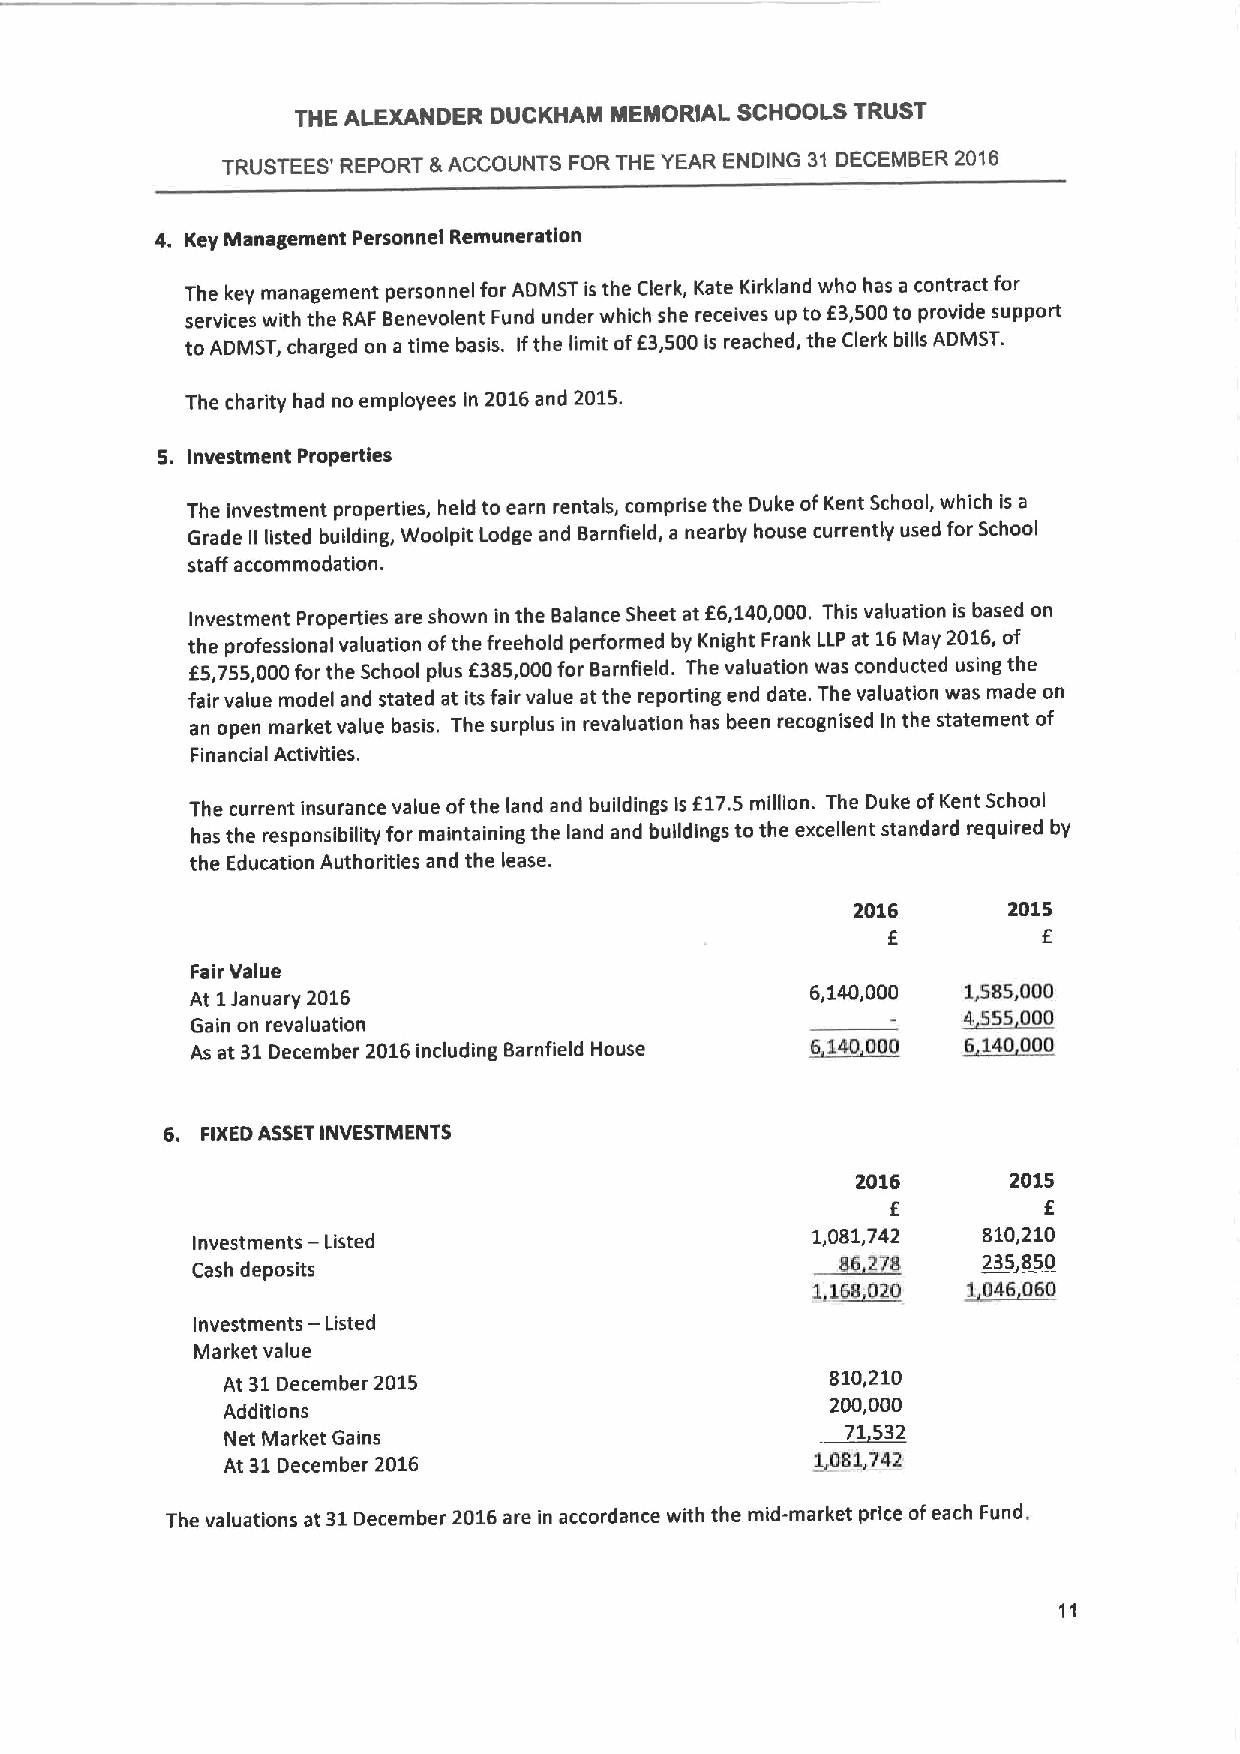
THE ALEXANDER DUCKHAM MEMORIAL SCHOOLS TRUST
 TRUSTEES' REPORT &ACCOUNTS FORTHE YEAR ENDING 31 DECEMBER 2016
 4. Key Management Personnel Remuneration
 The key management personnel for ADMST is the Clerk, Kate Kirkland who has a contract for
 services with the RAF Benevolent Fund under which she receives up to f 3,500to provide support
 to ADMST, charged on a time basis. Ifthe limit off3,500is reached, the Clerk bills ADMST.
 The charity had no employees in 2016and 2015.
 5. Investment Properties
 The investment properties, held to earn rentals, comprise the Duke ofKent School, which is a
 Grade ii listed building, Woolpit Lodge and Barnfield, a nearby house currently used for School
 staff accommodation.
 Investment Properties are shown in the Balance Sheet at f6,140,000. This valuation is based on
 the professional valuation ofthe freehold performed by Knight Frank LLP at 16May 2016,of
 f5,755,000for the School plus f385,000for Barnfield. The valuation was conducted using the
 fair value model and stated at its fair value at the reporting end date. The valuation was made on
 an open market value basis. The surplus in revaluation has been recognised in the statement of
 Financial Activities.
 The current insurance value ofthe land and buildings is f17.5 million. The Duke ofKent School
 has the responsibility for maintaining the land and buildings to the excellent standard required by
 the Education Authorities and the lease.
 2016      2015
 f         f
 Fair Value
 At 1January 2016                         6,140,000 1,S85,000
 ~4555 000
 Gain on revaluation
 As at 31December 2016including Barnfield House 66140000 ~6140000
 6. FIXEDASSETINVESTMENTS
 2016      2015
 f         f
 Investments
 —
 Listed
 1,081,742  810,210
 Cash deposits                              86 278   ~235 850
 ~1168020  1046060
 —
 Investments Listed
 Market value
 At 31December 2015                      810,210
 200,000
 Additions
 71532
 Net Market Gains
 At 31December 2016                     ~1081742
 The valuations at 31December 2016are in accordance with the mid-market price ofeach Fund.